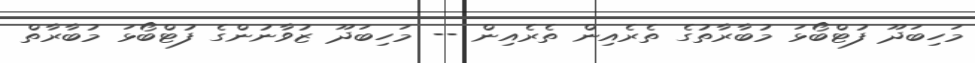
މަހިބަދޫ ފުޓްބޯޅަ މުބާރާތުގެ ތެރެއިން ތެރެއިން -- މަހިބަދޫ ޒުވާނުންގެ ފުޓްބޯޅަ މުބާރާތް